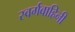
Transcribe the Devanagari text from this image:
स्वर्गवाहिनी